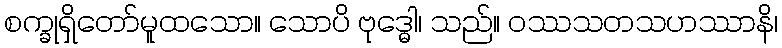
စက္ခုရှိတော်မူထသော။ သောပိ ဗုဒ္ဓေါ၊ သည်။ ဝဿသတသဟဿာနိ၊